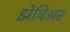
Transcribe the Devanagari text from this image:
झेविअर